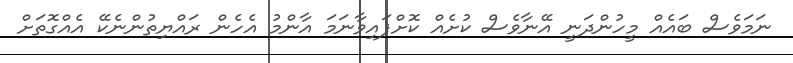
ނަމަވެސް ބައެއް މީހުންދަނީ އޭނާވެސް ކުށެއް ކޮށްފައިވާނަމަ އާންމު އެހެން ރައްޔިތުންނެކޭ އެއްގޮތަށް